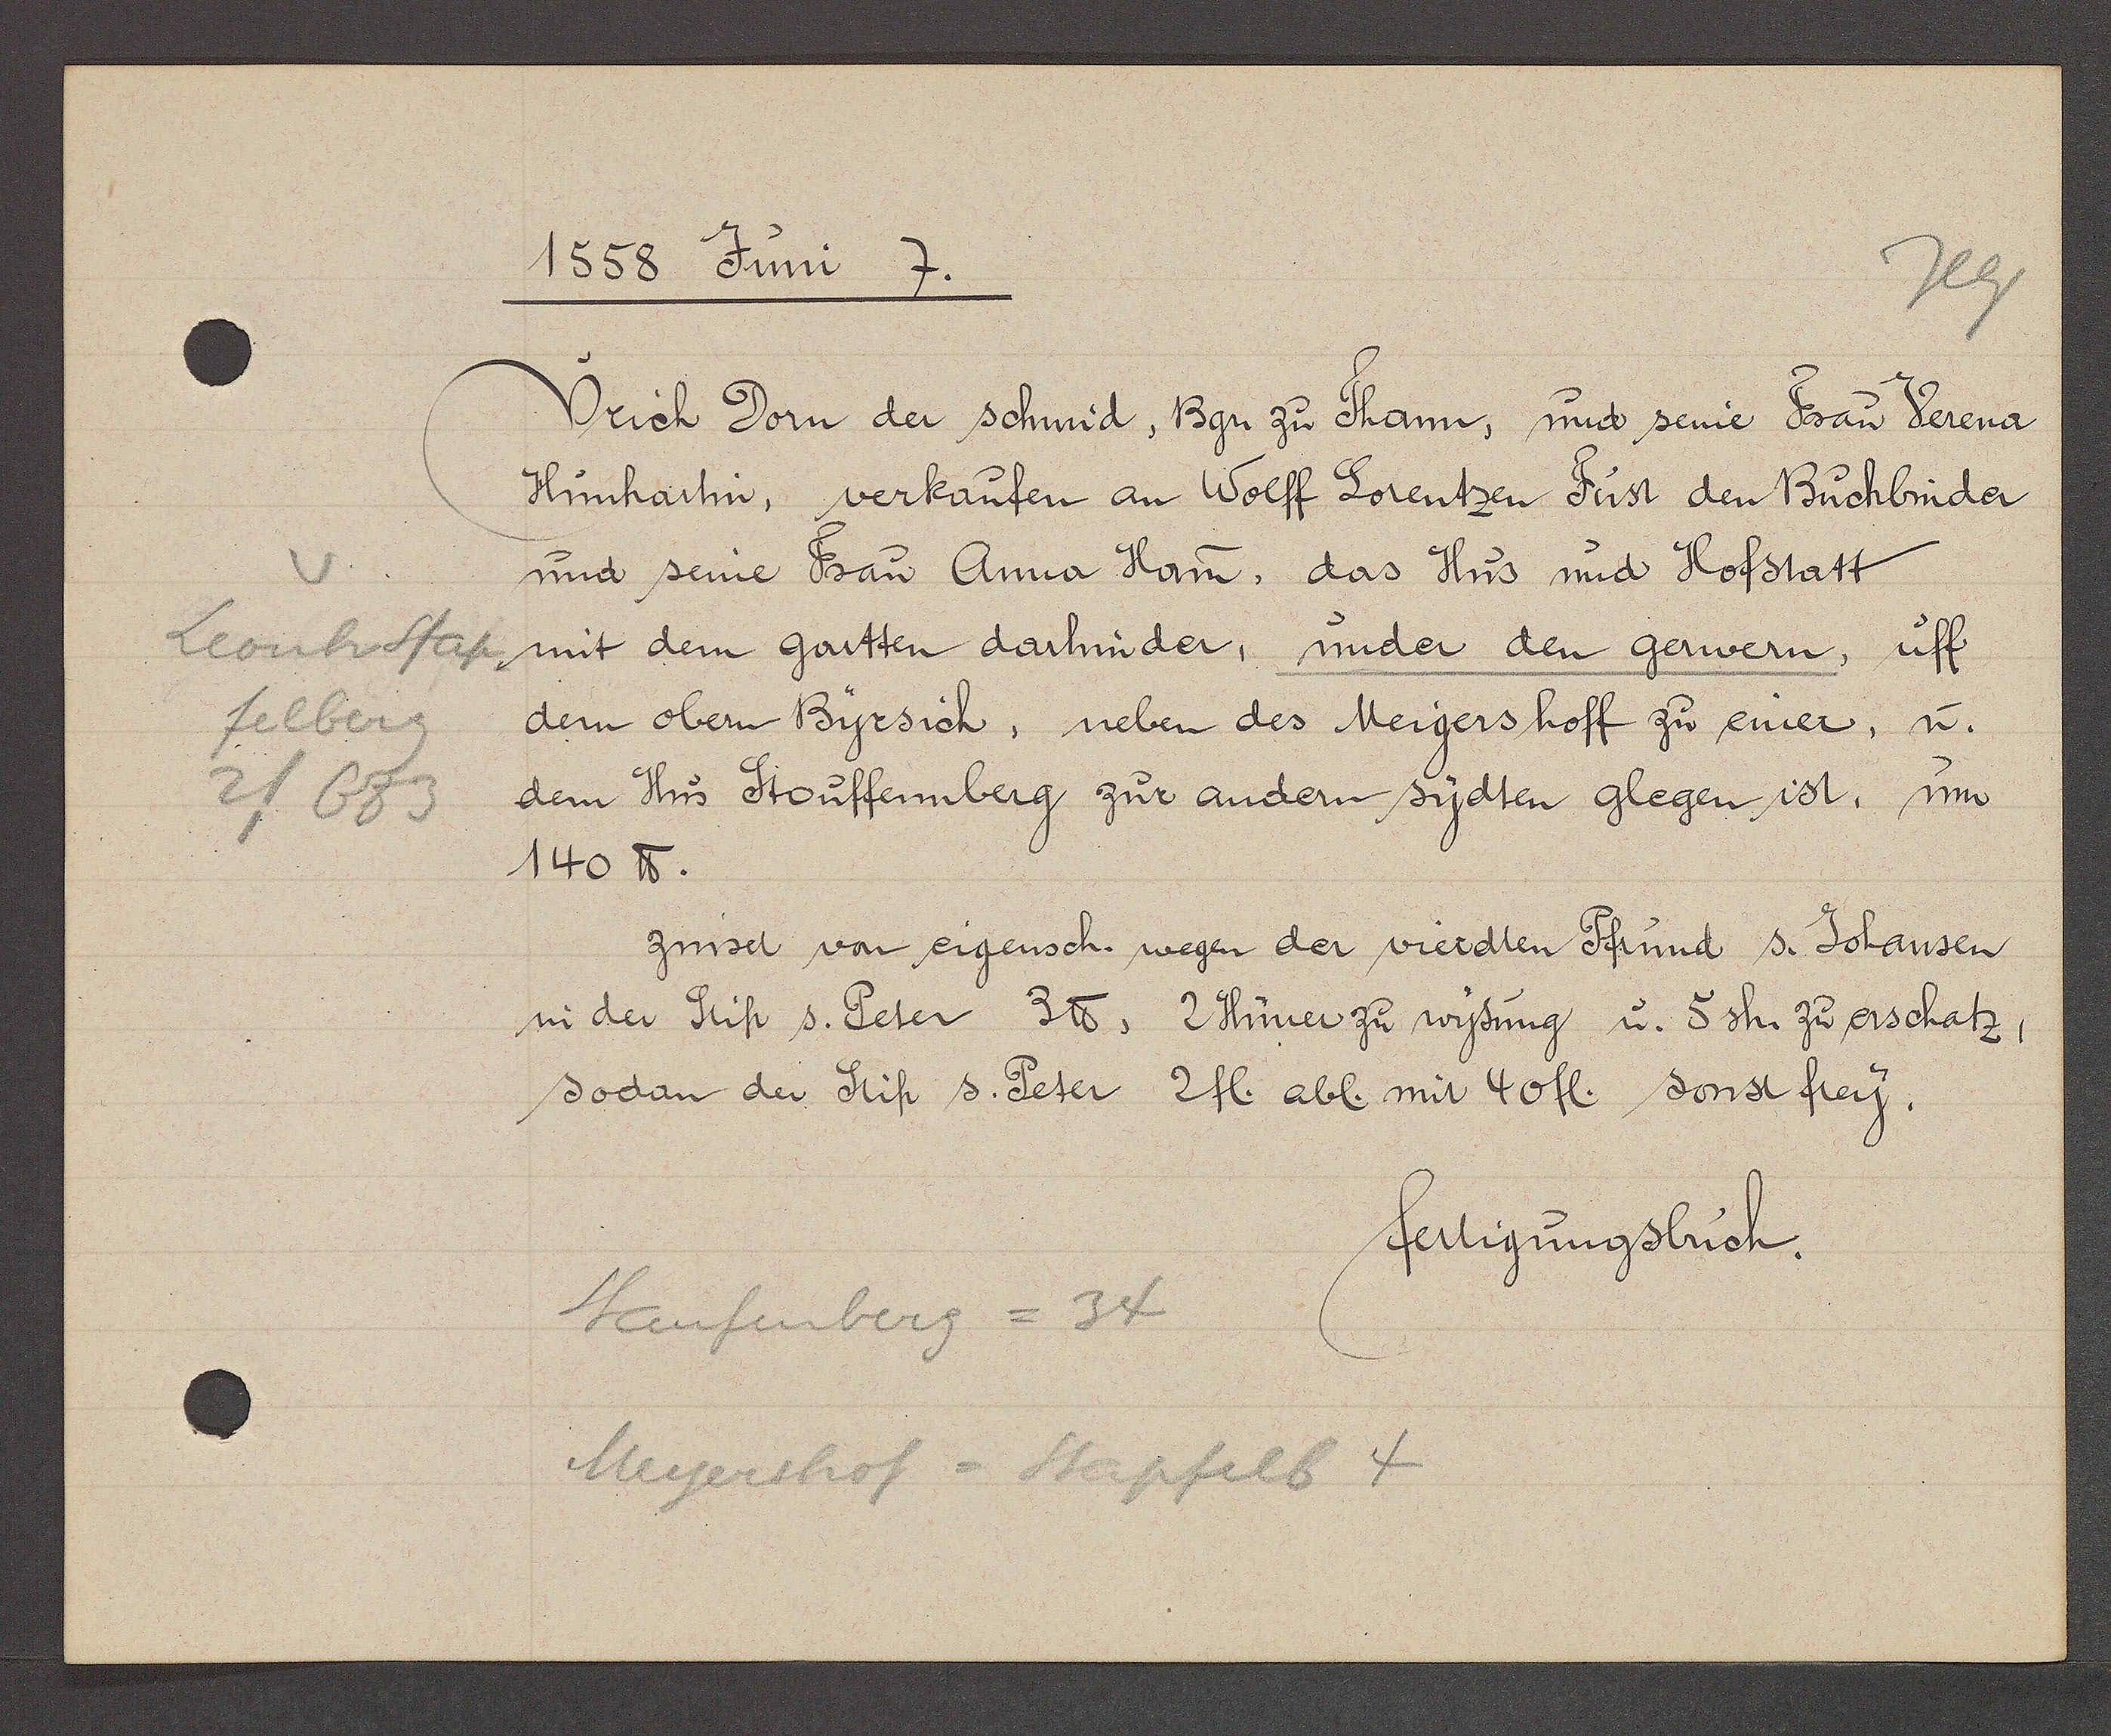
Transcript:
Leonhstap
felberg
2/683

1558 Juni 7.

Vrich Dorn der schmid, Bgr zu Shann, und seine Frau Verena
Hunhartin, verkaufen an Wolff Lorentzen Fust den Buchbinder
und seine Frau Anna Han, das Hus und Hofstatt
mit dem gartten darhinder, under den gerwern, uff
dem obern Byrsich, neben des Meigers hoff zu einer, u.
dem Hus Stouffennberg zur andern sydten glegen ist, um
140 ℔.
zinset von eigensch. wegen der vierdten Pfrund s. Johansen
in der Stift s. Peter 3℔. 2 Huner zu wysung u. 5 sh zu erschatz,
sodan der Stift S. Peter 2 fl. abl. mit 40 fl. sonst frey.

Staufemberg = 34
Meyershof = Stapfelb 4

fertigungsbuch.